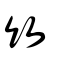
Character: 竹